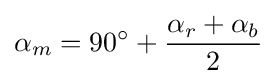
\alpha _{m}=90^{\circ }+{\frac {\alpha _{r}+\alpha _{b}}{2}}